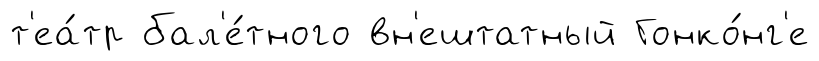
т'еа́тр бал'е́тного вн'ештатный Гонко́нг'е